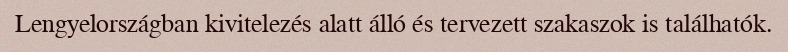
Lengyelországban kivitelezés alatt álló és tervezett szakaszok is találhatók.